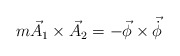
\begin{align*}m \vec{A}_{1}\times\vec{A}_{2}=-\vec{\phi}\times\vec{\dot{\phi}}\end{align*}